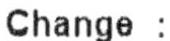
CHANGE :